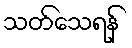
သတ်သေရန်